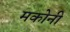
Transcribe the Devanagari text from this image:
मकोनी